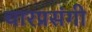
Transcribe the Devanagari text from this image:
चारप्रसंगी